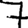
Digit: 7